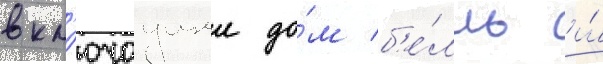
вкл'ючаущеи до́м б'е́лль и́